Vital statistics of India. Vol. VI, European troops 1870-79
Year: 1870
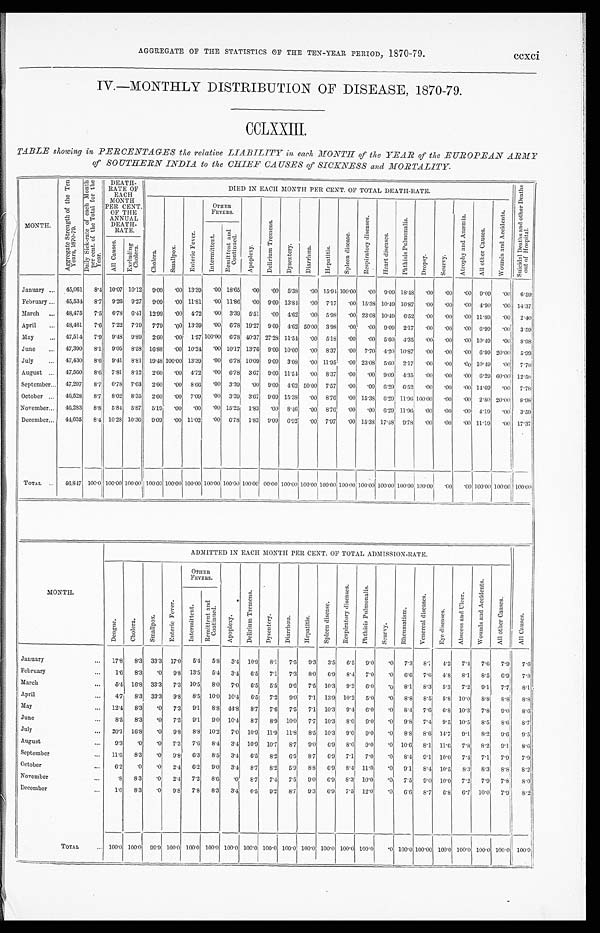
AGGREGATE OF THE STATISTICS OF THE TEN-YEAR PERIOD, 1870-79.
ccxci
IV.—MONTHLY DISTRIBUTION OF DISEASE, 1870-79.
CCLXXIII.
TABLE showing in PERCENTAGES the relative LIABILITY in each MONTH of the YEAR of the EUROPEAN ARMY
of SOUTHERN INDIA to the CHIEF CAUSES of SICKNESS and MORTALITY.
MONTH.
A g g r e g a t e S t r e n g t h o f t h e T e n
Y e a r s , 1 8 7 0 - 7 9 . D a i l y S i c k - r a t e o f e a c h M o n t h
p e r c e n t . o f t h e T o t a l f o r t h e
Year.
DEATH-
RATE OF
EACH
MONTH
PER CENT.
OF THE
ANNUAL
DEATH-
RATE.
DIED IN EACH MONTH PER CENT. OF TOTAL DEATH-RATE.
S u i c i d a l D e a t h s a n d o t h e r D e a t h s o u t o f H o s p i t a l .
Ch o l e r a .
S m a l l p o x .
E n t e r i c F e v e r .
OTHER
FEVERS.
A p o p l e x y .
D e l i r i u m T r e m e n s .
D y s e n t e r y . D i a r r h œ a .
He p a t i t i s . S p l e e n d i s e a s e .
R e s p i r a t o r y d i s e a s e s .
H e a r t d i s e a s e s .
P h t h i s i s P u l m o n a l i s .
Dr ops y.
S c u r v y .
A t r o p h y a n d A n æ m i a .
A l l o t h e r C a u s e s .
W o u n d s a n d A c c i d e n t s .
I n t e r m i t t e n t .
R e mi t t e n t a n d
Co n t i n u e d .
A l l C a u s e s .
Excl udi ng
Chol er a.
January ... 45,061 8.4 10.07 10.12 9.09
. 00 13.39 . 00 18.65 .00 .00 5.38 .00 15.94 100.00 . 00 9.09 18.48
. 00
. 00
. 00 9.09 .00 6.59
February ... 45,534 8.7 9.26 9.27 9.09
. 00 11.81
. 00 11.86 .00 9.09 13.84 .00 7.17 .00 15.38 10.49 10.87 . 00
. 00 .00 4.90 .00 14.37
March ... 48,475 7.5 6.78 6.41 12.99
. 00 4.72 . 00 3.39 5.51 .00 4.62 .00 5.98 .00 23.08 10.49 6.52
. 00
. 0 0 .00 11.89 .00 2.40
April ... 48,461 7.6 7.22 7.19 7.79
. 00 1.3.39
.00 6.78 19.27 9.09 4.62 50.00 3.98 .00 .00 9.09 2.17
. 00 . 00
. 00 6.99 .00 3.59
May ... 47,514 7.9 9.48 9.89 2.60 . 00 1.57100.006.78 40.37 27.28 11.54 . 0 0 5.18 .00
. 00 5.60 4.35 . 00
. 00
. 00 10.49 .00 8.98
June ... 47,390 8.1 9.05 8.58 16.88
. 00 10.24 . 00 10.17 13. 76 9.09 10.00 .00 8.37 .00 7.70 4.20 10.87
. 00 . 00
. 00 6.99
2 0 . 0 0 5.99
July ... 47,430 8.6 9. 41 8.81 19.48100.00 13.39
. 00 6.78 10. 09 9.09 3.08
. 0 0 11.95 .00 23.08 5.60 2.17
. 00 . 00
. 00 10.49 .00 7.78
August ... 47,560 8.6 7.81 8.12 2.60 .00 4.72 .00 6.78 3.67 9.09 11.54 .00 8.37 .00
. 00 9.09 4.35
. 00
. 00
. 00 6.29 60.00 12.58
September ... 47,297 8.7 6.78 7.03 2.60 . 00 8.66 . 0 0 3.39 .00 9.09 4.62 50.00 7.57 .00 .00 6.29 6.52 . 00
. 0 0
. 00 14.69 .00 7.78
October ... 46,528 8.7 8.02 8.35 2.60
. 00 7.09
. 00 3.39 3.67 9.09 15.38 .00 8.76 .00 15.38 6.29 11.96100.00 . 00
. 00 2.80 20.00 8.98
November ... 46,283 8.8 5.84 5.87 5.19
. 00 .00
. 00 15.25 1.83 .00 8.46 .00 8.76 .00
. 00 6.29 11.96 .00
. 00 .00 4.19 .00 3.59
December ... 44,635 8.4 10.28 10.36 9.09
. 00 11.02
. 00 6.78 1.83 9.09 6.92 .00 7.97 .00 15.38 17.48 9.78
. 00
. 00 . 0 0 11.19 .00 17.37
TOTAL ... 46,847 100.0 100.00 100.00 100.00 100.00 100.00 100.00 100.00100.00 00.00 100.00100.00 100.00
1 0 0 . 0 0
100.00
100.00100.00100.00
. 00 . 00 100.00 100.0 100.00
MONTH.
ADMITTED IN EACH MONTH PER CENT. OF TOTAL ADMISSION-RATE.
A l l C a u s e s .
D e n g u e .
C h o l e r a .
S m a l l p o x .
E n t e r i c F e v e r .
OTHER
FEVERS.
A p o p l e x y .
D e l i r i u m T r e m e n s .
D y s e n t e r y .
D i a r r h œ a .
H e p a t i t i s .
Spl een di sease. R e s p i r a t o r y d i s e a s e s .
P h t h i s i s P u l m o n a l i s .
S c u r v y .
R h e u m a t i s m .
V e n e r e a l d i s e a s e s .
E y e d i s e a s e s .
A b s c e s s a n d U l c e r .
W o u n d s a n d A c c i d e n t s .
A l l o t h e r C a u s e s .
I n t e r m i t t e n t .
R e m i t t e n t a n d
Co n t i n u e d .
January
... 17.8 8.3 33.3 17.0 5.4 5.8 3.4 10.9 8.1 7.5 9.3 3.5 6.5 9.0 .0 7.3 8.7
4. 2 7.4 7.6 7.9 7.6
February
...
1.6 8.3 .0 9.8 13.5 5.4 3.4 6.5 7.1 7.3 8.0 6.9 8.4 7.0 .0 6.6 7.6 4.8 8.1 8.5 6.9 7.8
March
... 5.4 16.8 33.3 7.3 10.5 8.0 7.0 6.5 5.5 9.6 7.5 10.3 9.2 6.0 .0 8.1 8.3 5.3 7.2 9.1 7.7 8.1
April
...
4.7 8.3 33.3 9.8
8 . 5 10.0 10.4 6.5 7.2 9.0 7.1 13.9 10.2 5.0 .0 8.8 8.5 5.8 10.0 8.8
8 . 8 8.8
May
... 1 2 . 4
8.3 .0 7.3 9.1
8. 8 44.8 8.7 7.6 7.5 7.1 10.3 9.4 6.0 .0 8.4 7.6 6.8 10.3 7.8 9.0 8. 6
June
...
8.5 8.3
.0 7.3 9.1 9.0 10.4 8.7 8.9 10.0 7.7 10.3 8.0 9.0 .0 9.8 7.4 9.5 10.5 8.5 8.6 8.7
July
... 20.1 16.8 .0 9.8 8.8 10.2 7.0 10.9 11.9 11.8
8 . 5 10.3 9.0 9.0 .0
8 . 8 8.6 14.7 9.1 8.2 9.6 9.5
August
. . .
9.3 .0 .0 7.3 7. 6
8.4 3.4 10.9 10.7 8 . 7
9.0 6.9 8.0 9.0 .0 10.6 8.1 11.6 7.8 8.2 9.1 8. 6
September
11.6 8.3 .0 9.8 6.3 8.5 3.4 6.5 8.2 6.5 8.7 6.9 7.1 7.0 .0 8.4 9.1 10.0 7.4 7.1 7.9 7.9
October
...
6-2 .0 .0 2.4 6.2 9.0 3.4 8.7 8.2 5.9 8.8 6.9 8.4 11.0 .0 9.1 8.4 10.5 8.3 8.3 8.8 8.2
November
. . .
.8 8.3 .0 2.4 7.2 8.6 .0
8 . 7 7.4 7.5 9.0
6 . 9 8.3 10.0 .0 7.5 9.0 10.0 7.2 7.9 7.8 8.0
December
. . .
1.6 8.3 .0 9.8 7.8 8.3 3.4 6.5 9.2 8.7 9.3 6.9 7.5 12.0 .0 6.6 8.7
6 . 8 6.7 10.0 7.9 8.2
TOTAL . . .
100.0 100.0 99.9 100.0 100.0 100.0 100.0 100.0 100.0 100.0 100.0 100.0 100.0 100.0 .0 100.0 100.00 100.0 100.0 100.0 100.0 100.0